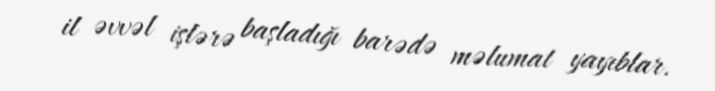
il əvvəl işlərə başladığı barədə məlumat yayıblar.